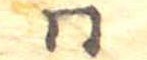
同